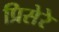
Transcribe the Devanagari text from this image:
प्रिसेरे